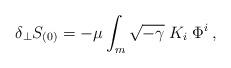
LaTeX: \begin{align*}\delta_{\perp} S_{(0)} =- \mu \int_m \sqrt{-\gamma}\; K_i \; \Phi^i\,,\end{align*}